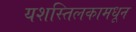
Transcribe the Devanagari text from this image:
यशस्तिलकामधून